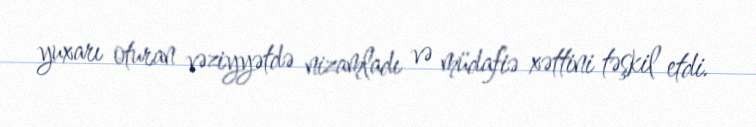
yuxarı oturan vəziyyətdə nizamladı və müdafiə xəttini təşkil etdi.